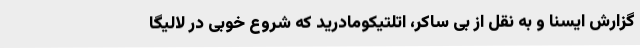
گزارش ایسنا و به نقل از بی ساکر، اتلتیکومادرید که شروع خوبی در لالیگا